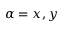
\alpha = x , y